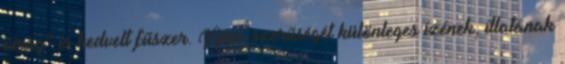
virág” is kedvelt fűszer. Nép- szerűségét különleges ízének, illatának